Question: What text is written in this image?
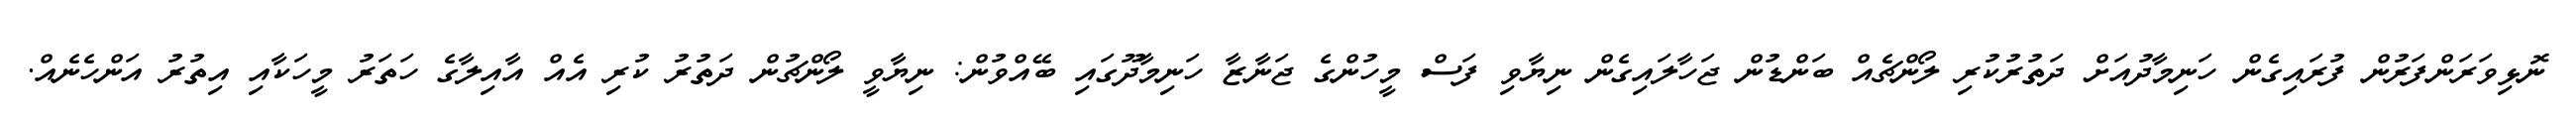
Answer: ނޮޅިވަރަންފަރުން ފުރައިގެން ހަނިމާދުއަށް ދަތުރުކުރި ލޯންޗެއް ބަންޑުން ޖަހާލައިގެން ނިޔާވި ފަސް މީހުންގެ ޖަނާޒާ ހަނިމާދޫގައި ބޭއްވުން: ނިޔާވީ ލޯންޗުން ދަތުރު ކުރި އެއް އާއިލާގެ ހަތަރު މީހަކާއި އިތުރު އަންހެނެއް.